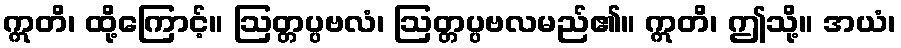
ဣတိ၊ ထို့ကြောင့်။ ဩတ္တပ္ပဗလံ၊ ဩတ္တပ္ပဗလမည်၏။ ဣတိ၊ ဤသို့။ အယံ၊